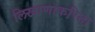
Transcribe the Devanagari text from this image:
लिखाणाकरिता